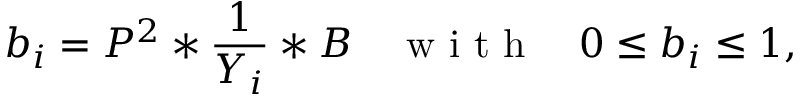
b _ { i } = P ^ { 2 } * \frac { 1 } { Y _ { i } } * B \quad \textrm { w i t h } \quad 0 \leq b _ { i } \leq 1 ,